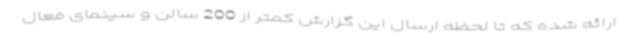
ارائه شده که تا لحظه ارسال این گزارش کمتر از 200 سالن و سینمای فعال